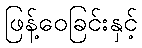
ဖြန့်ဝေခြင်းနှင့်